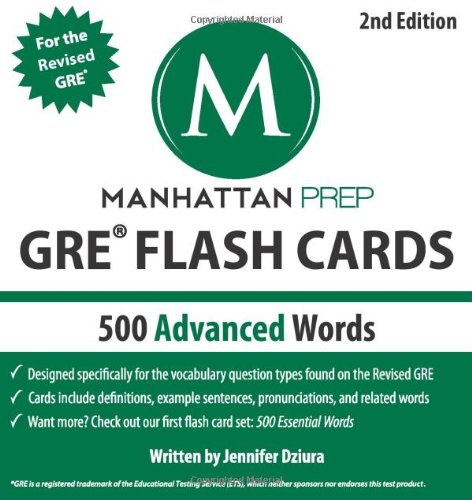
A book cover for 500 Advanced Words: GRE Vocabulary Flash Cards (Manhattan Prep GRE Strategy Guides); Manhattan Prep; Test Preparation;